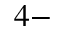
4 -